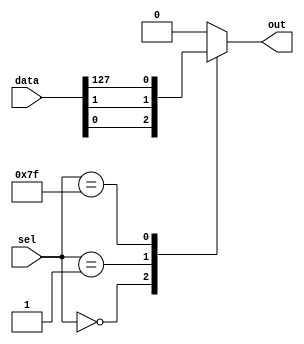
module mux_128to1 (
    input [127:0] data,
    input [6:0] sel,
    output reg out
);

always @*
begin
    case(sel)
        7'b0000000: out = data[0];
        7'b0000001: out = data[1];
        // Repeat for all 128 input lines
        7'b1111111: out = data[127];
        default: out = 1'b0; // Default output if no selection
    endcase
end

endmodule